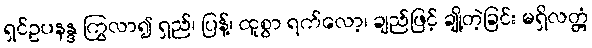
ရှင်ဥပနန္ဒ ကြွလာ၍ ရှည်၊ ပြန့်၊ ထူစွာ ရက်လော့၊ ချည်ဖြင့် ချို့တဲ့ခြင်း မရှိလတ္တံ့